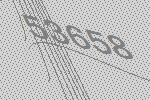
53658